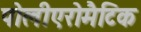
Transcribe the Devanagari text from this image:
पोलीएरोमैटिक